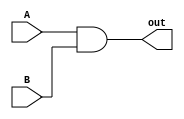
`timescale 1ns/1ps

module BasicAnd(A, B, out);
	input A;
	input B;
	output out;
	assign #0.5 out = A & B;
endmodule

module BasicOr(A, B, out);
	input A;
	input B;
	output out;
	assign #0.5 out = A | B;
endmodule

module BasicMux2(A, B, S, out);
	input A;
	input B;
	input S;
	output out;
	assign #1 out = S ? B : A;
endmodule

module BasicMux4(A, B, C, D, S, out);
	input A;
	input B;
	input C;
	input D;
	input [1 : 0]S;
	output reg out;

	always @(*)
	begin
		#2;
		case(S)
			2'b00: out = A;
			2'b01: out = B;
			2'b10: out = C;
			2'b11: out = D;
		endcase
	end
endmodule

module FlipFlop(clk, rst, in, out);
	input clk;
	input rst;
	input in;
	output reg out;

	always @(posedge clk, posedge rst) begin
		if (rst)
			out = 0;
		else
			out = in;
	end
endmodule